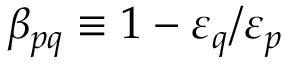
\beta _ { p q } \equiv 1 - \varepsilon _ { q } / \varepsilon _ { p }